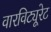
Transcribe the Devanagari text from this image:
वारविट्यूरेट